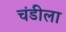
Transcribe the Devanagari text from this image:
चंडीला